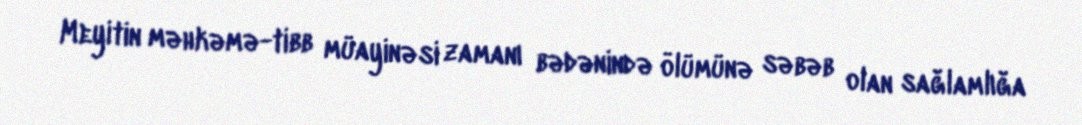
Meyitin məhkəmə-tibb müayinəsi zamanı bədənində ölümünə səbəb olan sağlamlığa